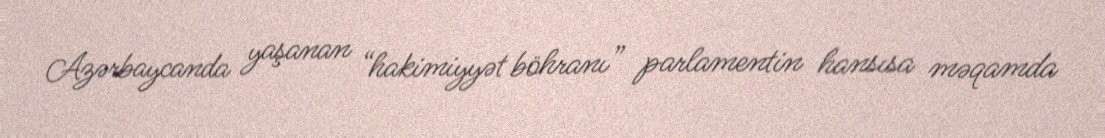
Azərbaycanda yaşanan “hakimiyyət böhranı” parlamentin hansısa məqamda